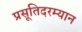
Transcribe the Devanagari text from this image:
प्रसूतिदरम्यान